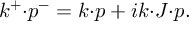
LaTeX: k ^ { + } { \cdot } p ^ { - } = k { \cdot } p + i k { \cdot } J { \cdot } p .